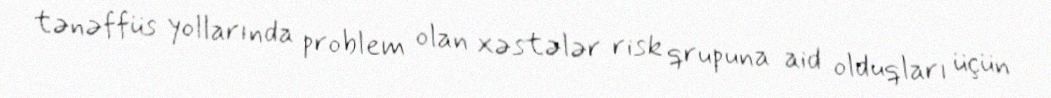
tənəffüs yollarında problem olan xəstələr risk qrupuna aid olduqları üçün